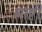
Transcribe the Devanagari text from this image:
धाष्टी